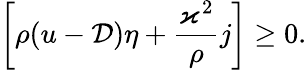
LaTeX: \left[\rho(u-\mathcal{D})\eta+\frac{\varkappa^{2}}{\rho}j\right]\geq 0.